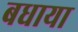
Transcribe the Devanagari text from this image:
बधाया